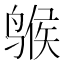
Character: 𫛺